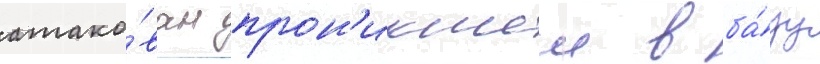
атако́ван прон'икшеи в ба́зу